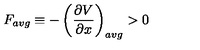
F _ { a v g } \equiv - \left( \frac { \partial V } { \partial x } \right) _ { a v g } > 0